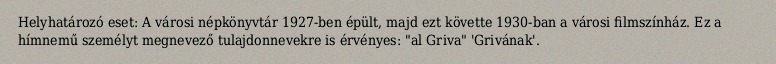
Helyhatározó eset: A városi népkönyvtár 1927-ben épült, majd ezt követte 1930-ban a városi filmszínház. Ez a hímnemű személyt megnevező tulajdonnevekre is érvényes: "al Griva" 'Grivának'.